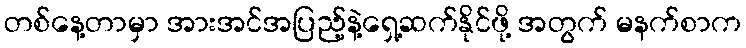
တစ်နေ့တာမှာ အားအင်အပြည့်နဲ့ရှေ့ဆက်နိုင်ဖို့ အတွက် မနက်စာက